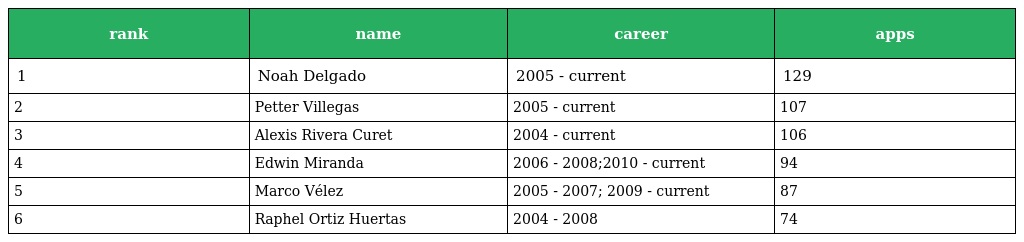
| rank | name | career | apps |
 | --- | --- | --- | --- |
 | 1 | Noah Delgado | 2005 - current | 129 |
 | 2 | Petter Villegas | 2005 - current | 107 |
 | 3 | Alexis Rivera Curet | 2004 - current | 106 |
 | 4 | Edwin Miranda | 2006 - 2008;2010 - current | 94 |
 | 5 | Marco Vélez | 2005 - 2007; 2009 - current | 87 |
 | 6 | Raphel Ortiz Huertas | 2004 - 2008 | 74 |